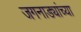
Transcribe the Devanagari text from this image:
जगनाड्यांच्या